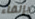
بإلقاء